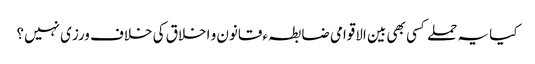
کیا یہ حملے کسی بھی بین الاقوامی ضابطہ ءقانون و اخلاق کی خلاف ورزی نہیں؟